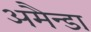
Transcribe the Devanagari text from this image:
अमैन्डा